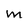
Character: M